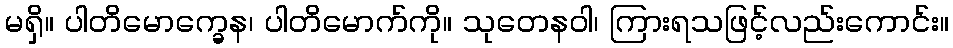
မရှိ။ ပါတိမောက္ခေန၊ ပါတိမောက်ကို။ သုတေနဝါ၊ ကြားရသဖြင့်လည်းကောင်း။